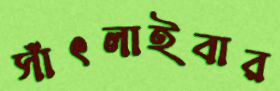
সাঁৎলাইবার